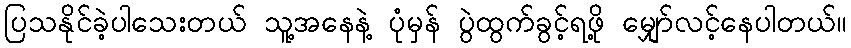
ပြသနိုင်ခဲ့ပါသေးတယ် သူ့အနေနဲ့ ပုံမှန် ပွဲထွက်ခွင့်ရဖို့ မျှော်လင့်နေပါတယ်။